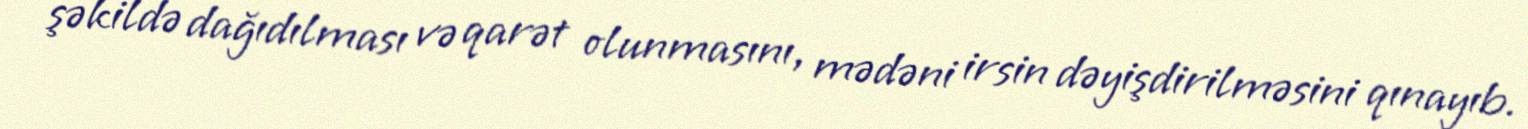
şəkildə dağıdılması və qarət olunmasını, mədəni irsin dəyişdirilməsini qınayıb.